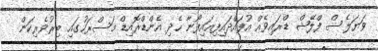
ވަޔަލެސް ފްލޭޝް ޑްރައިވެއް އުފައްދައިފިއައިފޯނާ ހެދި އެންޑްރޮއިޑް މަސްރަހުގައި ބިރުވެރިކަން